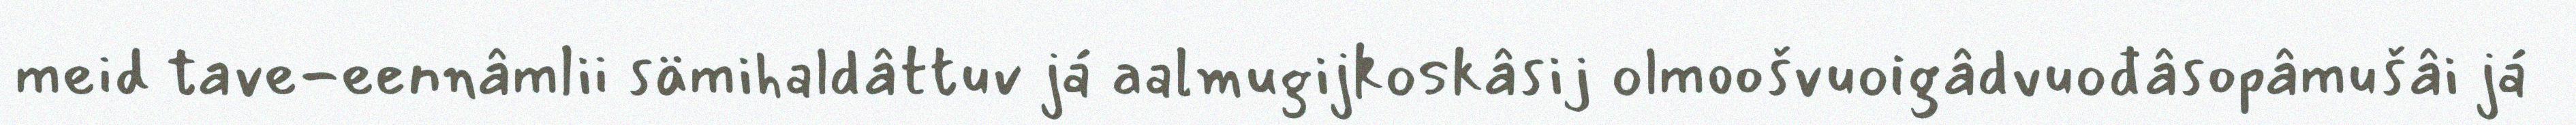
meid tave-eennâmlii sämihaldâttuv já aalmugijkoskâsij olmoošvuoigâdvuođâsopâmušâi já